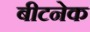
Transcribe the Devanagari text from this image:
बीटनेक